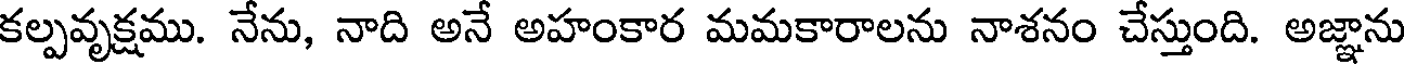
కల్పవృక్షము. నేను, నాది అనే అహంకార మమకారాలను నాశనం చేస్తుంది. అజ్ఞాను